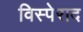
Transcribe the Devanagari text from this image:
विस्पेराद